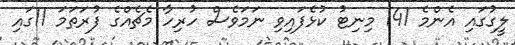
ލީގުގައި އެންމެ 141 މިނިޓު ކުޅެފައިވި ނަމަވެސް ހުރިހާ މެޗެއްގެ ފުރަތަމަ 11ގައި